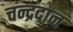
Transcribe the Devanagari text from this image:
चन्द्रदान